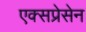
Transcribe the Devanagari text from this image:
एक्सप्रेसेन